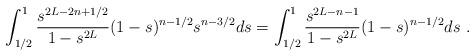
LaTeX: \begin{align*} \int_{1/2}^1 \frac{s^{2L-2n+1/2}}{1-s^{2L}} (1-s)^{n-1/2} s^{n-3/2} ds=\int_{1/2}^1 \frac{s^{2L-n-1}}{1-s^{2L}} (1-s)^{n-1/2} ds\ .\end{align*}